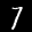
Label: 7